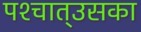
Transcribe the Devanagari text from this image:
पश्‍चात्‌उसका